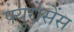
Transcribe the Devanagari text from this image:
फ्युरोसेंस